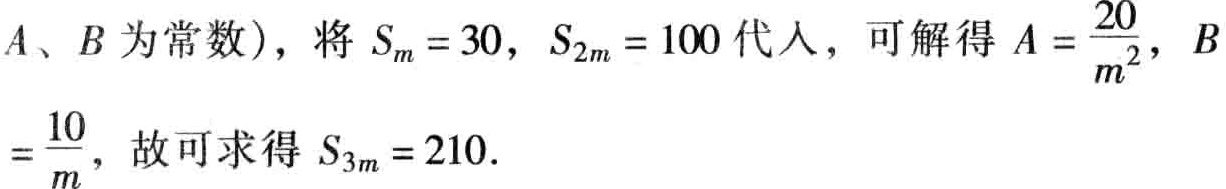
$A、B\text{ 为常数})，将\ S_{m}=30，S_{2m}=100\ 代入，可解得\ A = \frac{20}{m^{2}}，B\\=\frac{10}{m}，故可求得\ S_{3m}=210.$